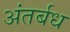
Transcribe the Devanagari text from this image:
अंतर्बध